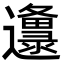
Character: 邍